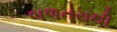
બળતરાથી